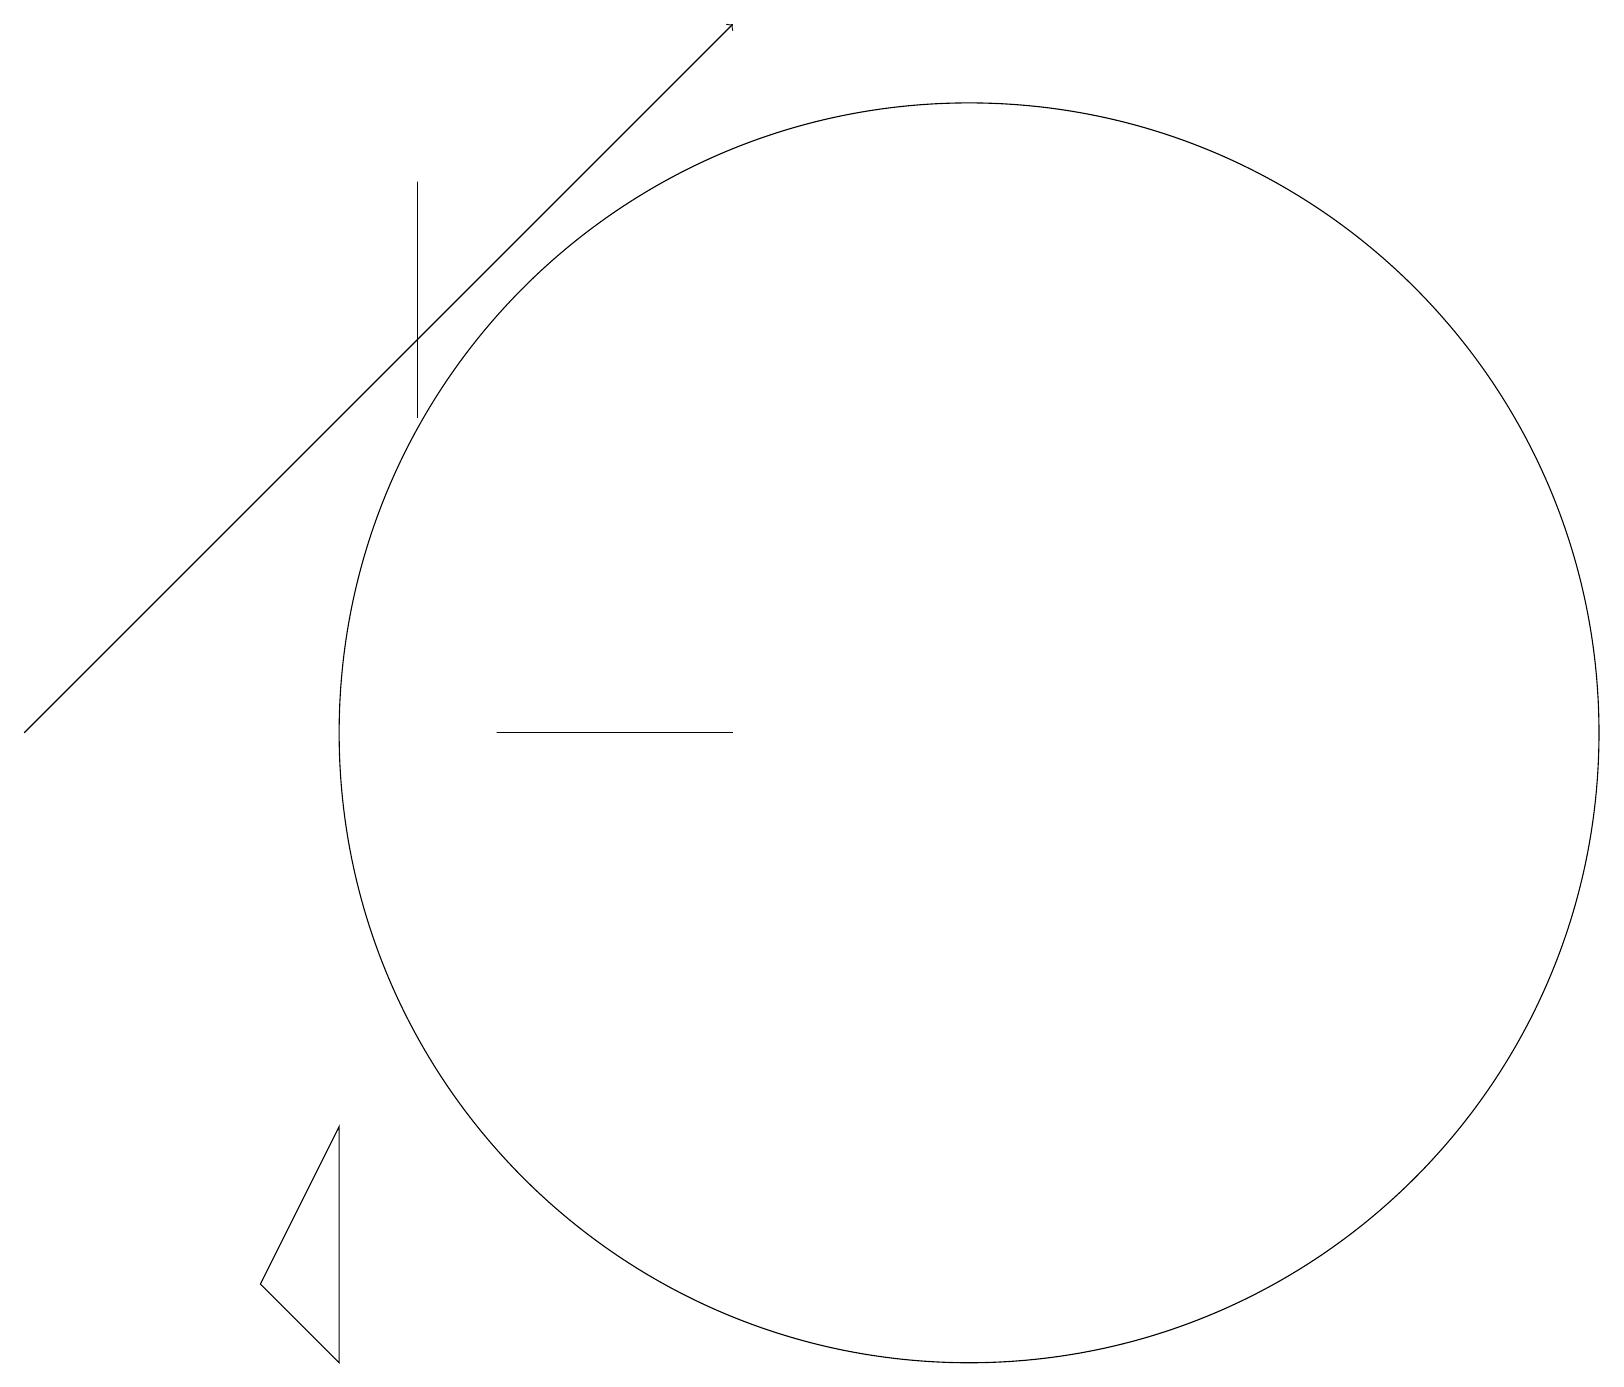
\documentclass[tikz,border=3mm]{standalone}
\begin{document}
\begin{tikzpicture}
\draw (12,10) circle (8);
\draw[->] (0,10) -- (9,19);
\draw (4,2) -- (3,3) -- (4,5) -- cycle;
\draw (5,17) rectangle (5,14);
\draw (9,10) rectangle (6,10);
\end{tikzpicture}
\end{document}